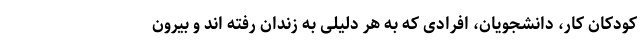
کودکان کار، دانشجویان، افرادی که به هر دلیلی به زندان رفته اند و بیرون